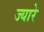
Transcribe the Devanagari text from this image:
ज्यारे